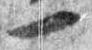
一